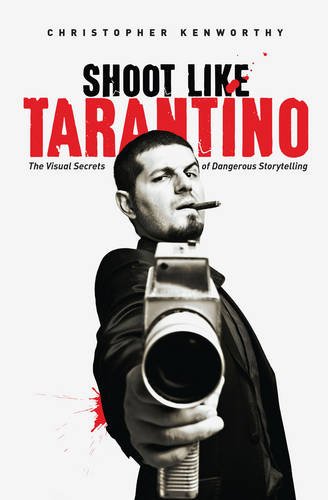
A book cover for Shoot Like Tarantino: The Visual Secrets of Dangerous Storytelling; Christopher Kenworthy; Humor & Entertainment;